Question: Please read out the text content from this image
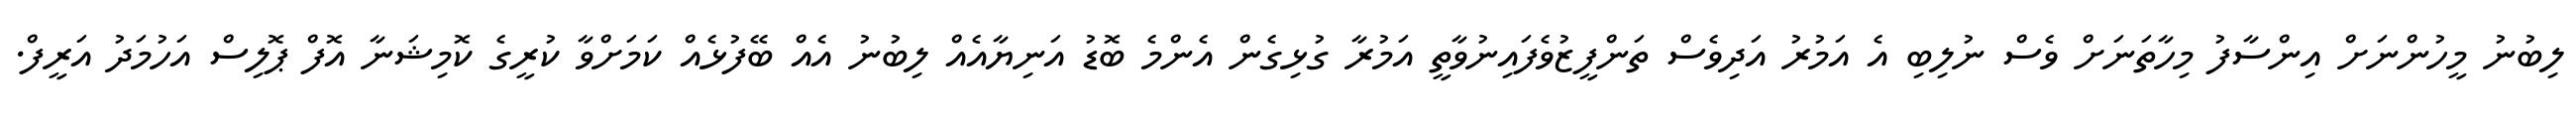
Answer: ލިބުނު މީހުންނަށް އިންސާފު މިހާތަނަށް ވެސް ނުލިބި އެ އަމުރު އަދިވެސް ތަންފީޒުވެފައިނުވާތީ އަމުރާ ގުޅިގެން އެންމެ ބޮޑު އަނިޔާއެއް ލިބުނު އެއް ބޭފުޅެއް ކަމަށްވާ ކުރީގެ ކޮމިޝަނާ އޮފް ޕޮލިސް އަހުމަދު އަރީފް.